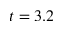
t = 3 . 2